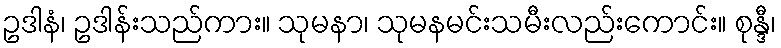
ဥဒါနံ၊ ဥဒါန်းသည်ကား။ သုမနာ၊ သုမနမင်းသမီးလည်းကောင်း။ စုန္ဒီ၊